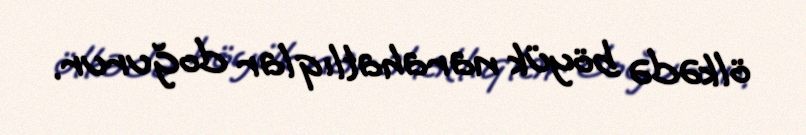
ölkədə böyük narahatlıqlar doğurur.